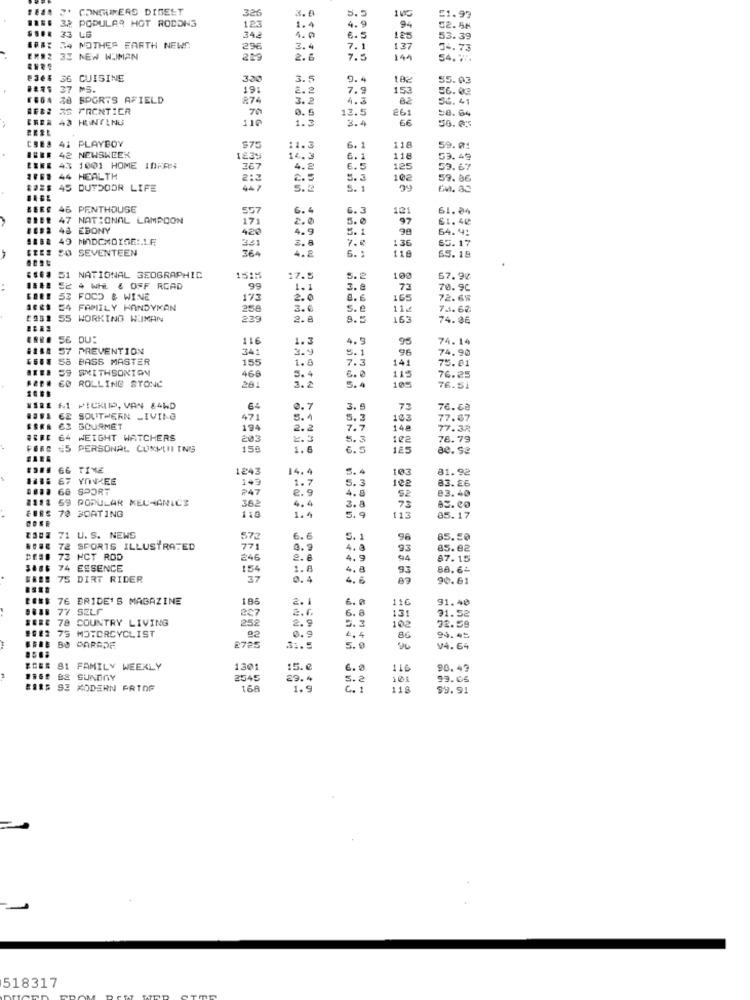
2' CONSUMERS DIGEST
326
3.0
5.5
51.99
32 POPULAR HOT RODONS
4.9
94
123
1.4
02.58
33 LS
34.2
1.0
6. 5
125
53.39
34 NOTHES FARTH NEWS
296
3.4
7.1
137
34.73
12 33 NEW WOMAN
2.6
7.5
144
54.77.
36 CUISINE
300
3.5
9.4
182
55.03
37 MS.
19:
2.2
7.9
153
56.03
48 SPORTS AFIELD
R74
3.2
4.3
8.2
56. 41
38 FRONTIER
70
13.5
261
CREA 43 HUNTING
110
1.3
3.4
66
=8.64
FEEL
41 PLAYBOY
118
42 NEWSWEEK
$75
11.3
6. 1
59.01
1839
14.3
6.1
118
53.49
4.3 1001 HOME IDAR:
367
4.2
6.5
125
53.67
44 HEALTH
212
5.3
102
59.86
45 DUTDOOR LIFE
447
5.2
5. 1
46 PENTHOUSE
557
6.
5.3
121
51. 04
47
NATIONAL LAMPOON
171
2.0
5.0
97
61.40
48 EBONY
420
4.9
5. 1
98
64.41
49 MADCHOYGE:LE
3.31
136
65.17
50 SEVENTEEN
364
65.19
4.2
6. :
118
51 NATIONAL GEOGRAPHIC
1515
17.5
5. 2
100
67.90
2 . WH & OFF ROAD
99
1.1
3. ª
73
70.9C
33 FOOD & WINE
173
2.0
8.6
165
72.68
54 FAMIILY HANDYMAN
258
3.0
5.6
112
75. 62
55 WORKING WOMAN
229
2.8
8.5
163
74.86
SE DU:
116
1.3
4. 5
95
74.14
57 PREVENTION
341
3.9
96
74.90
58 BASS MASTER
155
1.8
5.1
7.3
141
75.01
59 SMITHSONIAN
468
EQ ROLLING STONE
5.4
6.0
115
76.25
281
3.2
5 . 4
105
76.51
61 PICKUP, VAN &4WD
64
0.7
3.5
7.3
76.68
E& SOUTHERN LIVING
471
5.
5. 3
103
77.67
63 GOURMET
194
2.2
7.7
148
77.32
WEIGHT WATCHERS
203
5.3
102
78.79
#5 PERSONAL COMPUTING
150
1.6
6.5
185
66 TIME
1243
14.4
5.4
103
81.92
67 YOVEE
149
1.7
102
83.26
68 SPORT
247
2.9
5.3
52
93.40
59 POPULAR MECHANICS
362
4.8
70 BOATING
110
4.
3.8
73
1.4
5. 9
11
05.17
71 U. S. NEWS
572
6.6
5.1
96
85.50
72 SPORTS ILLUSTRATED
771
0.9
4. 8
93
85.02
73 HOT ROD
246
2.6
4.9
47.15
74 ESSENCE
154
1.8
4.8
93
88.62
75 DIRT RIDER
37
0.4
4. 5
90.61
76 BRIDE'S MAGAZINE
186
2.1
6.0
116
91.40
77 SELF
227
6.8
78 COUNTRY LIVING
252
2.9
5.3
131
102
72.59
71.52
#3 75 MOTORCYCLIST
92
2725
0.9
4.4
86
94.45
BO PARADE
3 :. 5
5.0
V4.64
81 FAMILY WEEKLY
1301
:5.
6. 0
116
90.49
BE GUNTINY
2545
29.4
5.2
101
93.65
93 MODERN ARTOF
168
1.9
C. 1
118
$9.91
518317